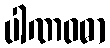
ပါဏဝဓာ